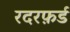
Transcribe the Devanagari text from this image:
रदरफ़र्ड